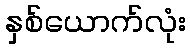
နှစ်ယောက်လုံး